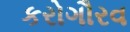
કરોગૌરવ